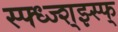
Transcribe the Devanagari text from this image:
स्फ्ध्ज्श्झ्स्फ्